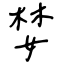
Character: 婪